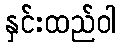
နှင်းထည်ဝါ